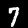
Digit: 7